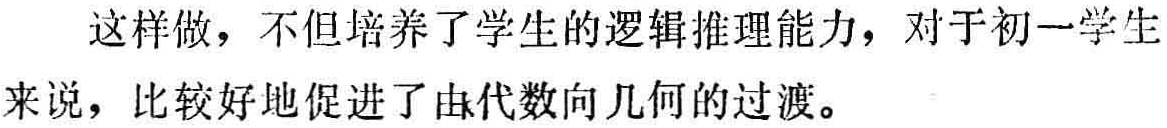
这样做，不但培养了学生的逻辑推理能力，对于初一学生来说，比较好地促进了由代数向几何的过渡。